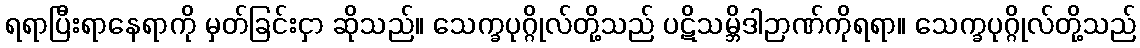
ရရာပြီးရာနေရာကို မှတ်ခြင်းငှာ ဆိုသည်။ သေက္ခပုဂ္ဂိုလ်တို့သည် ပဋိသမ္ဘိဒါဉာဏ်ကိုရရာ။ သေက္ခပုဂ္ဂိုလ်တို့သည်